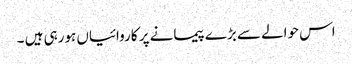
اس حوالے سے بڑے پیمانے پر کاروائیاں ہورہی ہیں ۔